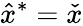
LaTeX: {\hat{x}}^{*}={\check{x}}